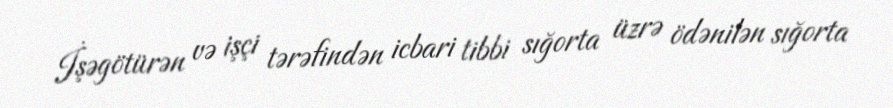
İşəgötürən və işçi tərəfindən icbari tibbi sığorta üzrə ödənilən sığorta